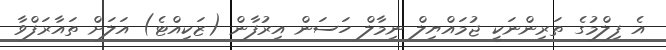
އެ ފިލްމުގެ ތަރިންނަކީ ޖުމައްޔިލް ނިމާލް ހަސަން އިރުފާން (ޒަކިއްޓެ) އަލަށް ތައާރަފްވާ